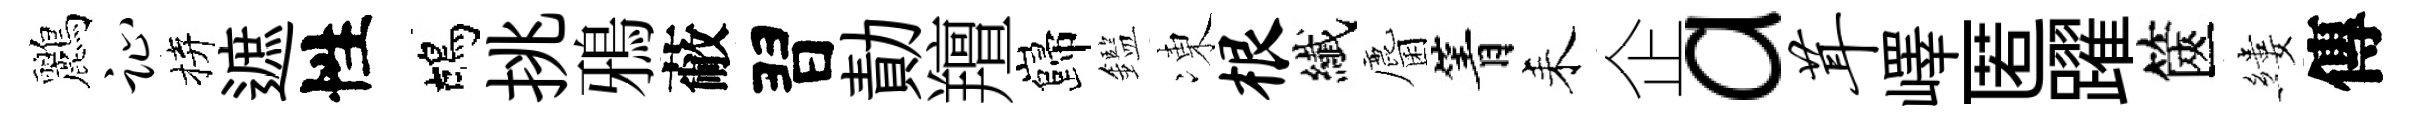
鸝趾拚遮性鴣挑鴉蔽習勣羶巋鑑凍根纎麕箐耒企a茸嶧匿躍篋縷傳